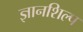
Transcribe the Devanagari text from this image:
ज्ञानशिल्प